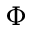
\Phi